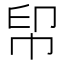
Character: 𢂗